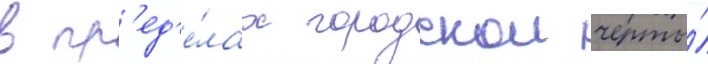
в пр'ед'е́лах городскои черты́